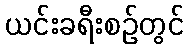
ယင်းခရီးစဉ်တွင်